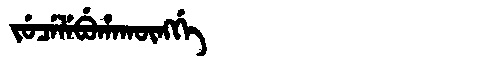
Manchu: ᠵᡠᠴᡝᠯᡝᠪᡠᡥᠠᡴᡡᠩᡤᡝ
Romanization: JUCELEBUHAKŪNGGE